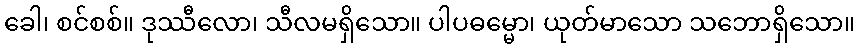
ခေါ၊ စင်စစ်။ ဒုဿီလော၊ သီလမရှိသော။ ပါပဓမ္မော၊ ယုတ်မာသော သဘောရှိသော။